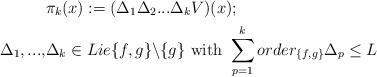
LaTeX: \begin{align*}&\pi _{k} (x):=(\Delta _{1} \Delta _{2} ...\Delta _{k} V)(x); \\\Delta _{1} ,...,&\Delta _{k} \in Lie\{ f,g\} \backslash \{ g\}\,\, \mathrm{with}\,\, \sum _{p=1}^{k}order_{\{f,g\}}\Delta _{p} \le L\end{align*}